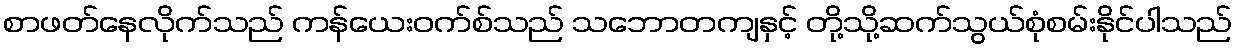
စာဖတ်နေလိုက်သည် ကန်ယေးဝက်စ်သည် သဘောတကျနှင့် တို့သို့ဆက်သွယ်စုံစမ်းနိုင်ပါသည်